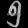
Digit: ၅